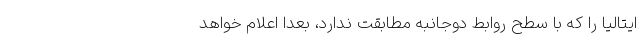
ایتالیا را که با سطح روابط دوجانبه مطابقت ندارد، بعدا اعلام خواهد